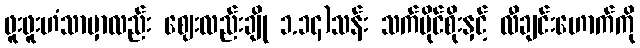
ဖူးဖူးဟံသာမှာလည်း ဈေးလည်းချို ၁.၁၄)သန်း သက်ပိုင်စိုးနှင့် လီချင်းဟောက်ကို